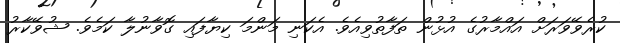
ކުރެވޭވަރަށް އައްމާރުގެ އުޅުން ތަފާތުވިއެވެ. އެކަނި މަންމަ ކިޔާފައި ގޮވާނުލާ ކަމެވެ. ޝުވޭކާރު